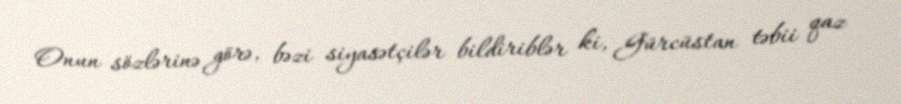
Onun sözlərinə görə, bəzi siyasətçilər bildiriblər ki, Gürcüstan təbii qaz